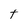
Character: t